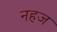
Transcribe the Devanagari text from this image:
नहज